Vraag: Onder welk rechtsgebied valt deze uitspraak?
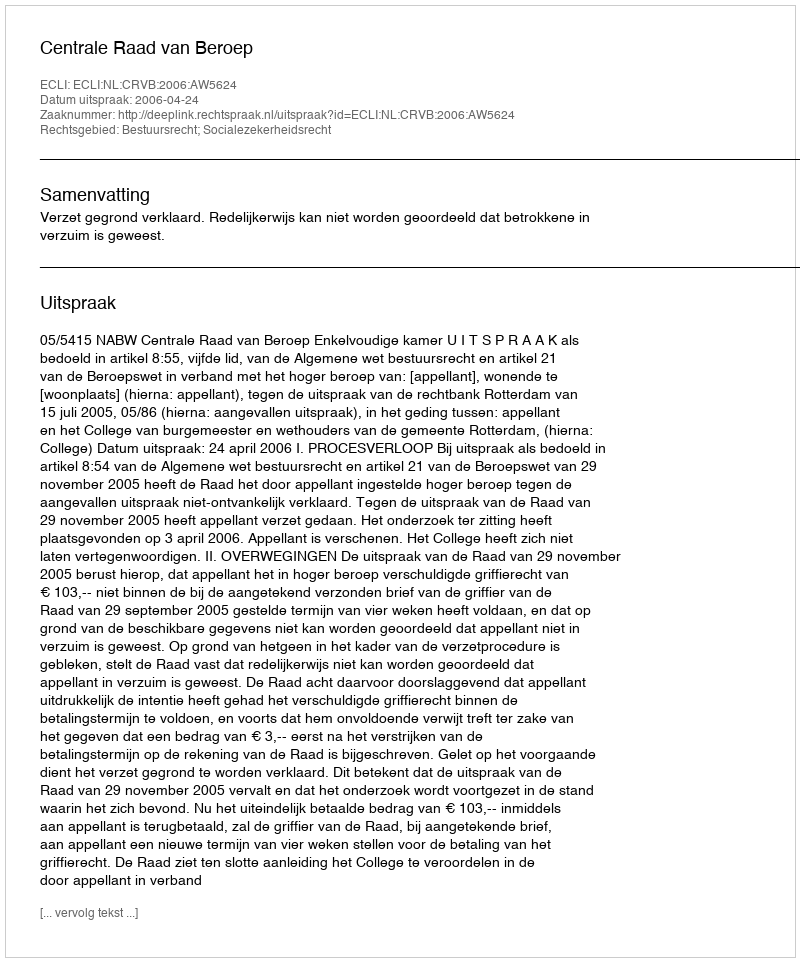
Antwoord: Bestuursrecht; Socialezekerheidsrecht